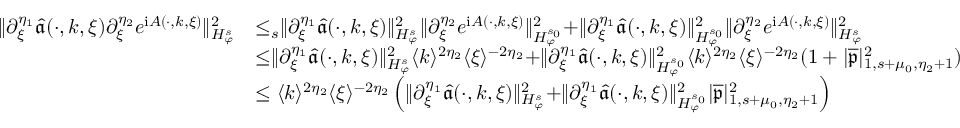
\begin{array} { r l } { \rVert \partial _ { \xi } ^ { \eta _ { 1 } } \widehat { \mathfrak { a } } ( \cdot , k , \xi ) \partial _ { \xi } ^ { \eta _ { 2 } } e ^ { \mathrm { i } A ( \cdot , k , \xi ) } \rVert _ { H _ { \varphi } ^ { s } } ^ { 2 } } & { \le _ { s } \rVert \partial _ { \xi } ^ { \eta _ { 1 } } \widehat { \mathfrak { a } } ( \cdot , k , \xi ) \rVert _ { H _ { \varphi } ^ { s } } ^ { 2 } \rVert \partial _ { \xi } ^ { \eta _ { 2 } } e ^ { \mathrm { i } A ( \cdot , k , \xi ) } \rVert _ { H _ { \varphi } ^ { s _ { 0 } } } ^ { 2 } + \rVert \partial _ { \xi } ^ { \eta _ { 1 } } \widehat { \mathfrak { a } } ( \cdot , k , \xi ) \rVert _ { H _ { \varphi } ^ { s _ { 0 } } } ^ { 2 } \rVert \partial _ { \xi } ^ { \eta _ { 2 } } e ^ { \mathrm { i } A ( \cdot , k , \xi ) } \rVert _ { H _ { \varphi } ^ { s } } ^ { 2 } } \\ & { \le \rVert \partial _ { \xi } ^ { \eta _ { 1 } } \widehat { \mathfrak { a } } ( \cdot , k , \xi ) \rVert _ { H _ { \varphi } ^ { s } } ^ { 2 } \langle k \rangle ^ { 2 \eta _ { 2 } } \langle \xi \rangle ^ { - 2 \eta _ { 2 } } + \rVert \partial _ { \xi } ^ { \eta _ { 1 } } \widehat { \mathfrak { a } } ( \cdot , k , \xi ) \rVert _ { H _ { \varphi } ^ { s _ { 0 } } } ^ { 2 } \langle k \rangle ^ { 2 \eta _ { 2 } } \langle \xi \rangle ^ { - 2 \eta _ { 2 } } ( 1 + | \overline { { \mathfrak { p } } } | _ { 1 , s + \mu _ { 0 } , \eta _ { 2 } + 1 } ^ { 2 } ) } \\ & { \le \langle k \rangle ^ { 2 \eta _ { 2 } } \langle \xi \rangle ^ { - 2 \eta _ { 2 } } \left( \rVert \partial _ { \xi } ^ { \eta _ { 1 } } \widehat { \mathfrak { a } } ( \cdot , k , \xi ) \rVert _ { H _ { \varphi } ^ { s } } ^ { 2 } + \rVert \partial _ { \xi } ^ { \eta _ { 1 } } \widehat { \mathfrak { a } } ( \cdot , k , \xi ) \rVert _ { H _ { \varphi } ^ { s _ { 0 } } } ^ { 2 } | \overline { { \mathfrak { p } } } | _ { 1 , s + \mu _ { 0 } , \eta _ { 2 } + 1 } ^ { 2 } \right) } \end{array}